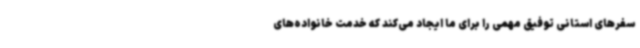
سفرهای استانی توفیق مهمی را برای ما ایجاد می‌کند که خدمت خانواده‌های